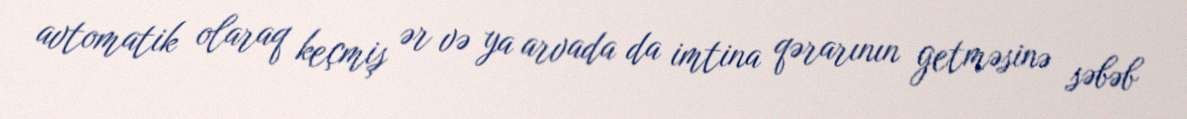
avtomatik olaraq keçmiş ər və ya arvada da imtina qərarının getməsinə səbəb